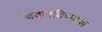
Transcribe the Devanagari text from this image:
बदलविण्याचा